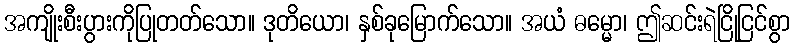
အကျိုးစီးပွားကိုပြုတတ်သော။ ဒုတိယော၊ နှစ်ခုမြောက်သော။ အယံ ဓမ္မော၊ ဤဆင်းရဲငြိုငြင်စွာ